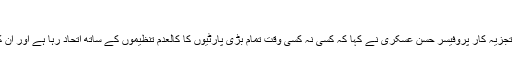
’اس حمام میں سب ننگے ہیں‘
بی بی سی سے بات کرتے ہوئے دفاعی تجزیہ کار پروفیسر حسن عسکری نے کہا کہ کسی نہ کسی وقت تمام بڑی پارٹیوں کا کالعدم تنظیموں کے ساتھ اتحاد رہا ہے اور ان کے مطابق ’اس حمام میں سب ننگے ہیں۔